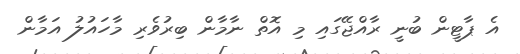
އެ ޕާޓީން ބުނީ ރާއްޖޭގައި މި އޮތް ނާމާން ބިރުވެރި މާހައުލު އަމާން